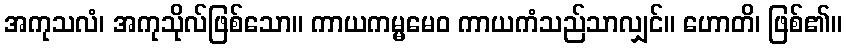
အကုသလံ၊ အကုသိုလ်ဖြစ်သော။ ကာယကမ္မမေဝ ကာယကံသည်သာလျှင်။ ဟောတိ၊ ဖြစ်၏။